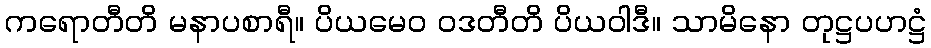
ကရောတီတိ မနာပစာရီ။ ပိယမေဝ ဝဒတီတိ ပိယဝါဒီ။ သာမိနော တုဋ္ဌပဟဋ္ဌံ